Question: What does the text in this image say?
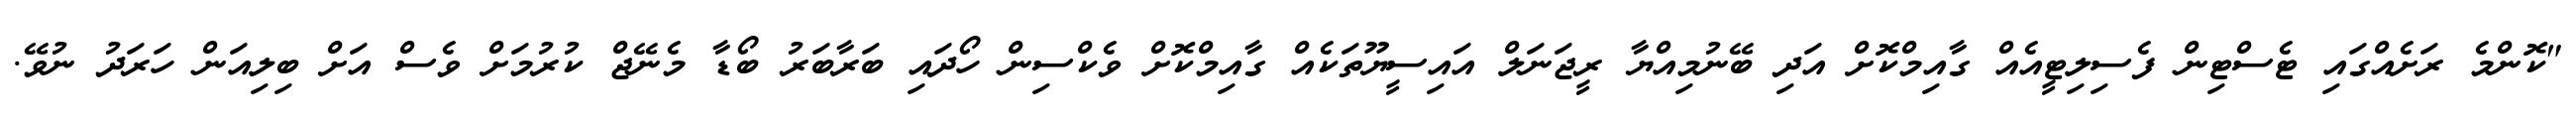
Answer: "ކޮންމެ ރަށެއްގައި ޓެސްޓިން ފެސިލިޓީއެއް ގާއިމްކޮށް އަދި ބޭނުމިއްޔާ ރީޖަނަލް އައިސީޔޫތަކެއް ގާއިމްކޮށް ވެކްސިން ހޯދައި ބަރާބަރު ބޯޑާ މެނޭޖް ކުރުމަށް ވެސް އަށް ބިލިއަން ހަރަދު ނުވޭ.